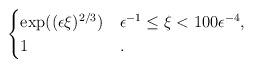
LaTeX: \begin{align*} \begin{cases} \exp((\epsilon \xi)^{2/3}) & \epsilon^{-1} \leq \xi < 100 \epsilon^{-4},\\ 1 & . \end{cases} \end{align*}